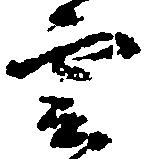
雲